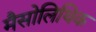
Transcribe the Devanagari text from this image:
मैसोलिथिक